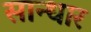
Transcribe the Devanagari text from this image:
सान्धार